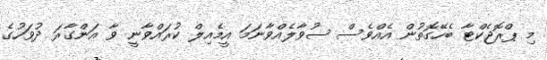
މި ޕްރޮޖެކްޓާ ބެހޭގޮތުން އެއްވެސް ސުވާލެއްވާނަމަ އީމެއިލް ކުރައްވާނީ ވާ އަންގާރަ ދުވަހުގެ